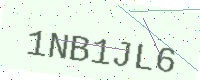
Text: 1NB1JL6